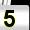
Digit: 5